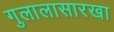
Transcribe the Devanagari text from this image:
गुलालासारखा